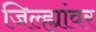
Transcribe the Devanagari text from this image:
जिल्ह्यांवर